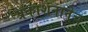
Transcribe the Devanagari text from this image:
प्रकाशनानेच